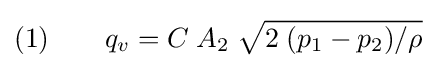
(1)\qquad q_{v}=C\;A_{2}\;{\sqrt {2\;(p_{1}-p_{2})/\rho }}